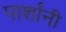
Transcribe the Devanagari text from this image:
पार्शांनी